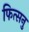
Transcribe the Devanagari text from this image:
फित्सनु